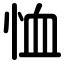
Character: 恤